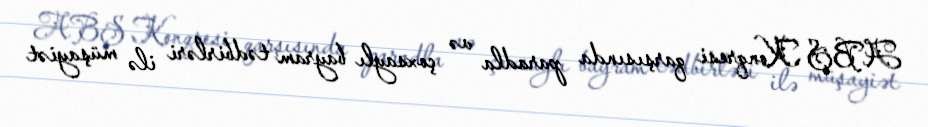
ABŞ Konqresi qarşısında paradla və çoxsaylı bayram tədbirləri ilə müşayiət